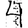
Digit: 4